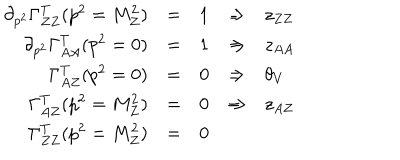
\begin{array} { r c c c l } { { \partial _ { p ^ { 2 } } \Gamma _ { Z Z } ^ { T } ( p ^ { 2 } = M _ { Z } ^ { 2 } ) } } & { { = } } & { { 1 } } & { { \Rightarrow } } & { { z _ { Z Z } } } \\ { { \partial _ { p ^ { 2 } } \Gamma _ { A A } ^ { T } ( p ^ { 2 } = 0 ) } } & { { = } } & { { 1 } } & { { \Rightarrow } } & { { z _ { A A } } } \\ { { \Gamma _ { A Z } ^ { T } ( p ^ { 2 } = 0 ) } } & { { = } } & { { 0 } } & { { \Rightarrow } } & { { \theta _ { V } } } \\ { { \Gamma _ { A Z } ^ { T } ( p ^ { 2 } = M _ { Z } ^ { 2 } ) } } & { { = } } & { { 0 } } & { { \Rightarrow } } & { { z _ { A Z } } } \\ { { \Gamma _ { Z Z } ^ { T } ( p ^ { 2 } = M _ { Z } ^ { 2 } ) } } & { { = } } & { { 0 } } & { { } } & { { } } \\ \end{array}